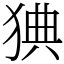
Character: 猠